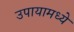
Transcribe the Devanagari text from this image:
उपायामध्ये